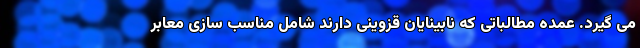
می گیرد. عمده مطالباتی که نابینایان قزوینی دارند شامل مناسب سازی معابر